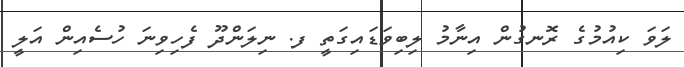
ލަވަ ކިއުމުގެ ރޮނގުން އިނާމު ލިބިވަޑައިގަތީ ފ. ނިލަންދޫ ފެހިވިނަ ހުސެއިން އަލީ